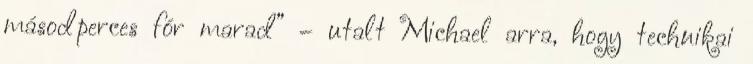
másodperces fór marad” – utalt Michael arra, hogy technikai